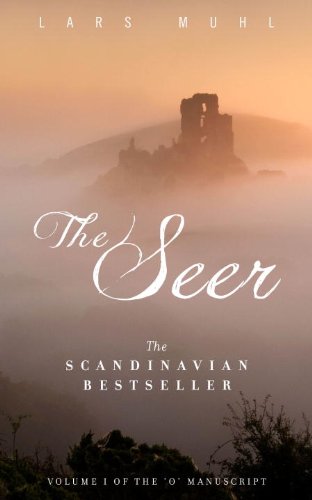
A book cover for The Seer: Volume One of The 'O' Manuscript, The Scandinavian Bestseller; Lars Muhl; Biographies & Memoirs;